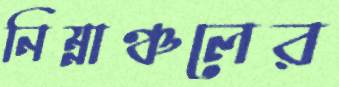
নিম্নাঞ্চলের